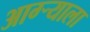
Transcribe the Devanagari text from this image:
आग्र्‍याला